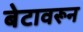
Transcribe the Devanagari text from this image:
बेटावरून